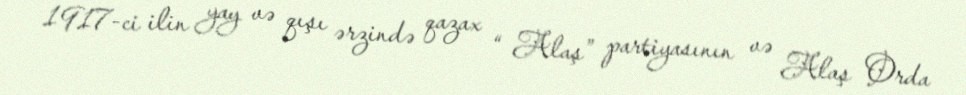
1917-ci ilin yay və qışı ərzində qazax “ Alaş” partiyasının və Alaş Orda